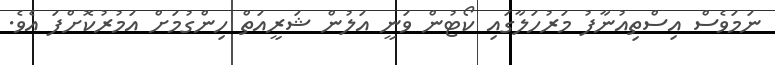
ނަމަވެސް އިސްތިއުނާފު މަރުހަލާގައި ކޯޓުން ވަނީ އަލުން ޝަރީއަތް ހިންގުމަށް އަމުރުކޮށްފަ އެވެ.